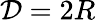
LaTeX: \mathcal{D}=2R